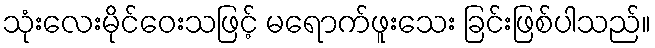
သုံးလေးမိုင်ဝေးသဖြင့် မရောက်ဖူးသေး ခြင်းဖြစ်ပါသည်။